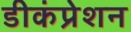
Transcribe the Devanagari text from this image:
डीकंप्रेशन